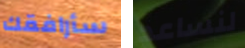
سأرافقك لنساعد